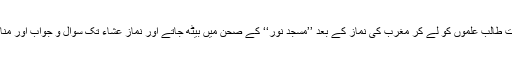
جمعۃ المبارک کی رات طالب علموں کو لے کر مغرب کی نماز کے بعد ’’مسجد نُور‘‘ کے صحن میں بیٹھ جاتے اور نماز عشاء تک سوال و جواب اور مناظرہ آرائی ہوتی رہتی۔